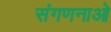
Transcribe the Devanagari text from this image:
संगणनाओ